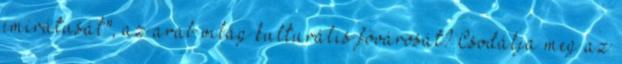
emirátusát", az arab világ kulturális fővárosát? Csodálja meg az